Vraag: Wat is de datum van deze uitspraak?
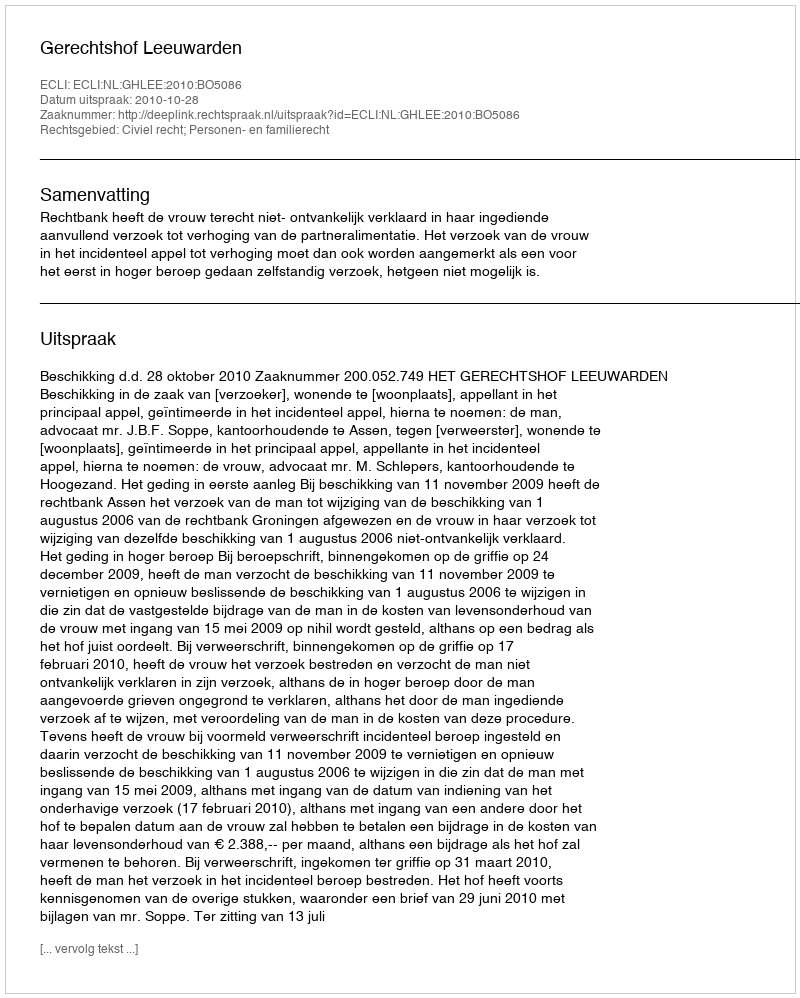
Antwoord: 2010-10-28